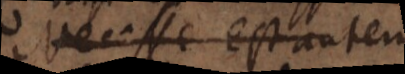
Necesse est autem